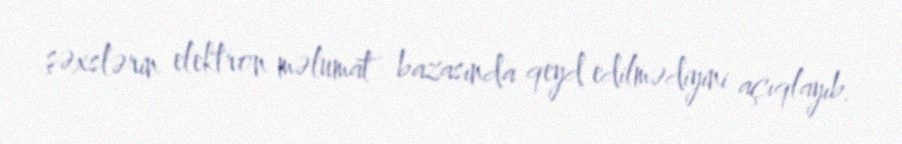
şəxslərin elektron məlumat bazasında qeyd edilmədiyini açıqlayıb.